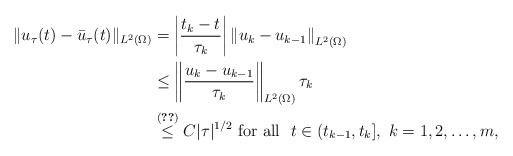
\begin{align*} \|u_\tau(t) - \bar u_\tau(t)\|_{L^2(\Omega)}&= \left|\dfrac{t_k-t}{\tau_k}\right|\left\| u_k - u_{k-1} \right\|_{L^2(\Omega)}\\&\leq \left\| \dfrac{u_k - u_{k-1}}{\tau_k}\right\|_{L^2(\Omega)} \tau_k\\&\stackrel{\eqref{ei-dsc}}\leq C |\tau|^{1/2}\mbox{ for all } \ t \in (t_{k-1}, t_k], \ k = 1,2,\ldots,m,\end{align*}